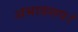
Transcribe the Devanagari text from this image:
अभावरूप।